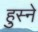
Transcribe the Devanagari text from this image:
हुस्ने